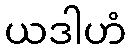
ယဒါဟံ